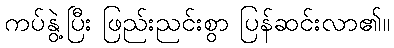
ကပ်နွဲ့ပြီး ဖြည်းညင်းစွာ ပြန်ဆင်းလာ၏။